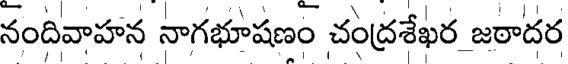
నందివాహన నాగభూషణం చంద్రశేఖర జఠాదర